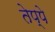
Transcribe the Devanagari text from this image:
तेप्पे